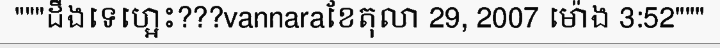
"""ដឹងទេហ្អេះ???vannaraខែតុលា 29, 2007 ម៉ោង 3:52"""